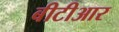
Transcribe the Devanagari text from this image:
बीटीआर